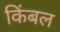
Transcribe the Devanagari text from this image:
किंबल